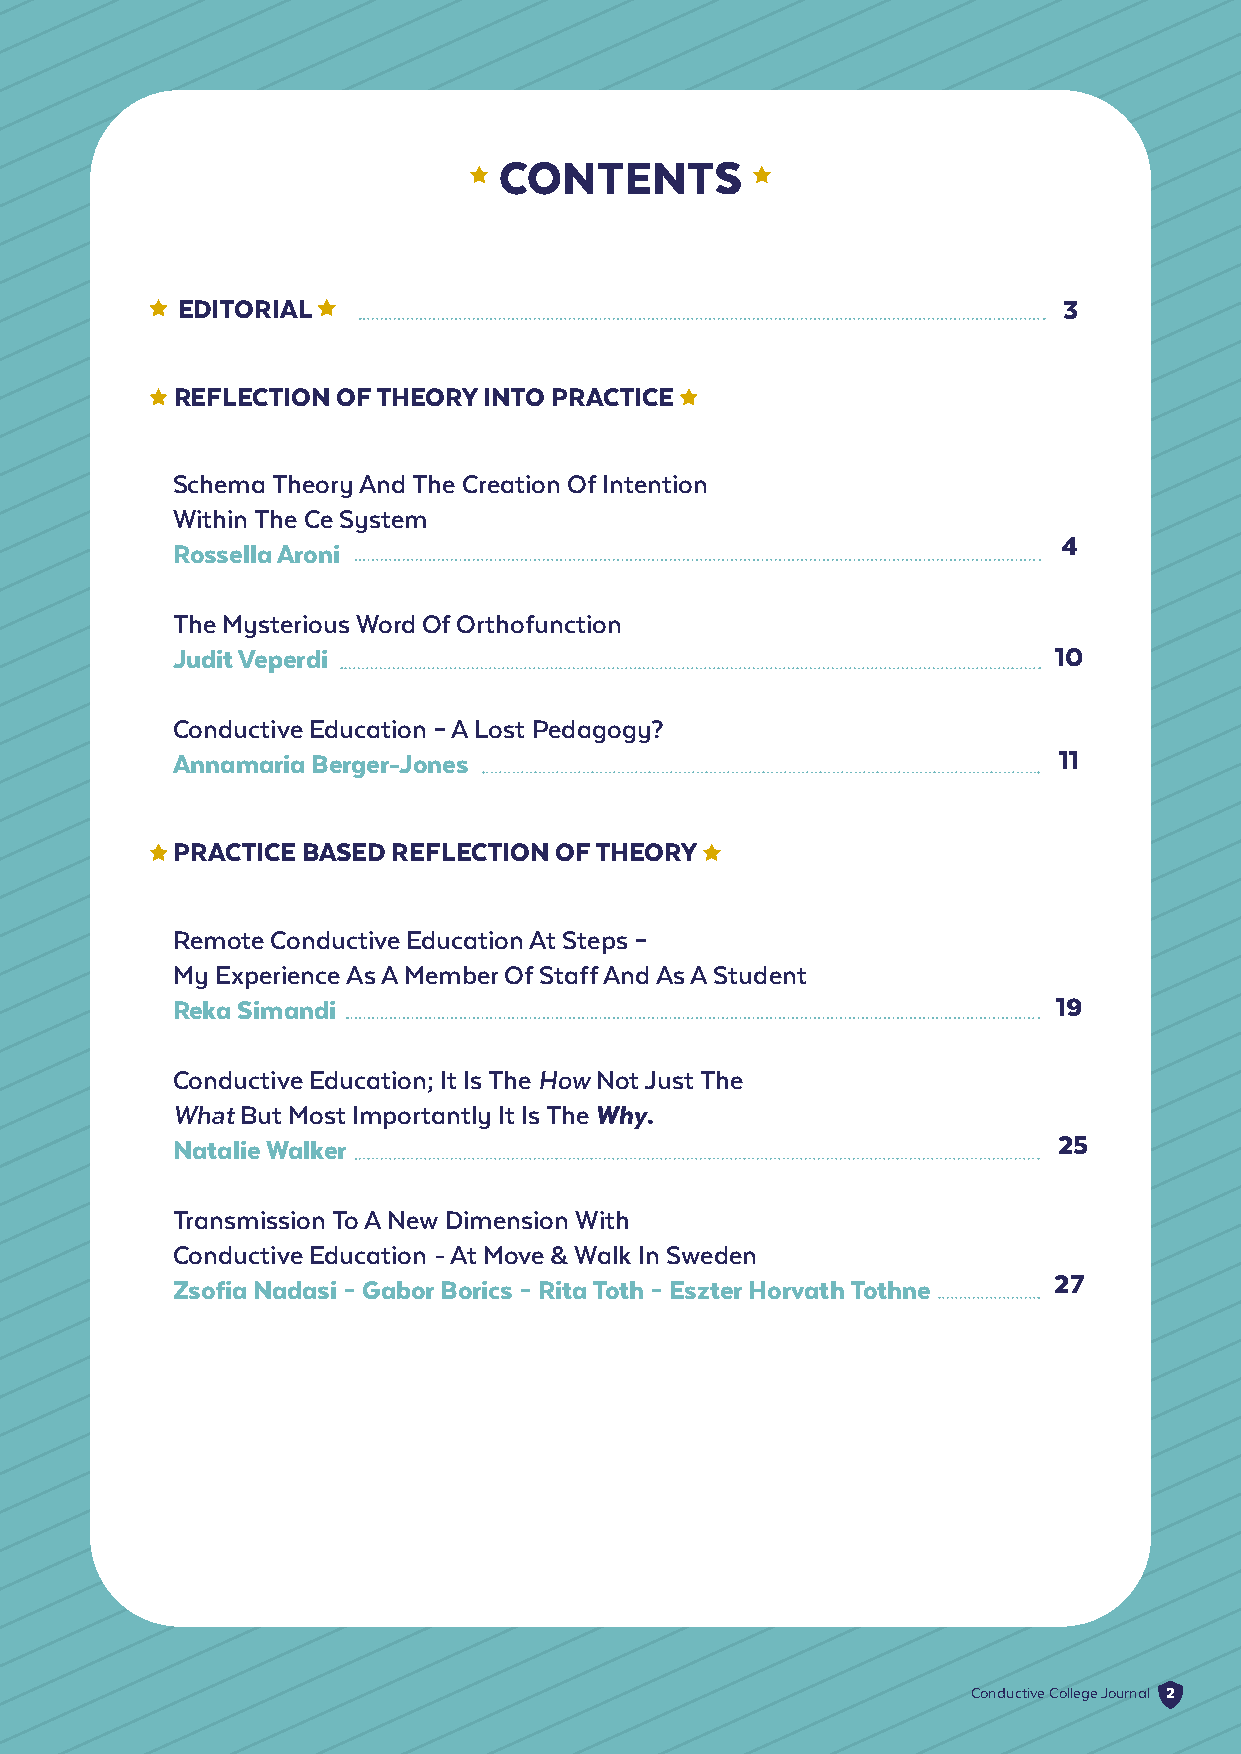
CONTENTS
 EDITORIAL                                                 3
 REFLECTION OF THEORY INTO PRACTICE
 Schema Theory And The Creation Of Intention
 Within The Ce System
 4
 Rossella Aroni
 The Mysterious Word Of Orthofunction
 Judit Veperdi                                              10
 Conductive Education – A Lost Pedagogy?
 Annamaria Berger-Jones                                     11
 PRACTICE BASED REFLECTION OF THEORY
 Remote Conductive Education At Steps –
 My Experience As A Member Of Staff And As A Student
 Reka Simandi                                               19
 Conductive Education; It Is The How Not Just The
 What But Most Importantly It Is The Why.
 Natalie Walker                                             25
 Transmission To A New Dimension With
 Conductive Education - At Move & Walk In Sweden
 Zsofia Nadasi – Gabor Borics – Rita Toth – Eszter Horvath Tothne 27
 Conductive College Journal 2